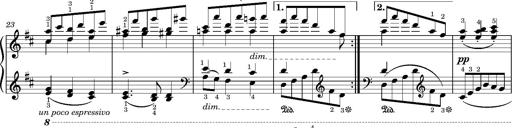
Title: LÃ¤ndler in D major
Composer: Franz Liszt
Key: D major